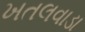
ખતલવાડા